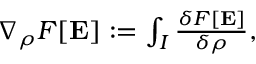
\begin{array} { r } { \nabla _ { \rho } F [ \mathbf { E } ] : = \int _ { I } \frac { \delta F [ \mathbf { E } ] } { \delta \rho } , } \end{array}